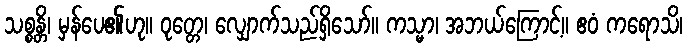
သစ္စန္တိ၊ မှန်ပေ၏ဟု။ ဝုတ္တေ၊ လျှောက်သည်ရှိသော်။ ကသ္မာ၊ အဘယ်ကြောင့်။ ဧဝံ ကရောသိ၊